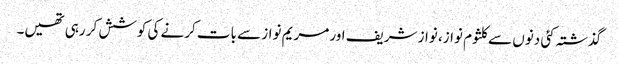
گذشتہ کئی دنوں سے کلثوم نواز، نواز شریف اور مریم نواز سے بات کرنے کی کوشش کر رہی تھیں۔